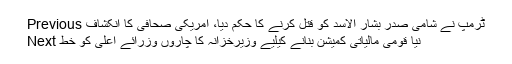
Previous ٹرمپ نے شامی صدر بشار الاسد کو قتل کرنے کا حکم دیا، امریکی صحافی کا انکشاف
Next نیا قومی مالیاتی کمیشن بنانے کیلیے وزیرخزانہ کا چاروں وزرائے اعلیٰ کو خط